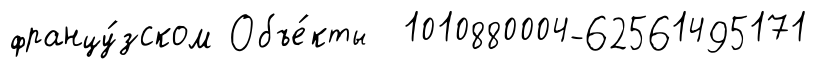
францу́зском Объе́кты 1010880004-62561495171